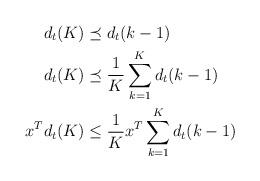
LaTeX: \begin{align*}d_t (K)&\preceq d_t (k-1)\\d_t (K)&\preceq \frac{1}{K}\sum_{k=1}^K d_t (k-1)\\x^Td_t (K)&\leq \frac{1}{K}x^T\sum_{k=1}^K d_t (k-1)\end{align*}